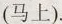
(马上).